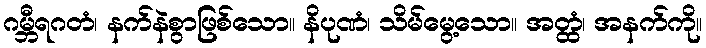
ဂမ္ဘီရဂတံ၊ နက်နဲစွာဖြစ်သော။ နိပုဏံ၊ သိမ်မွေ့သော။ အတ္ထံ၊ အနက်ကို။